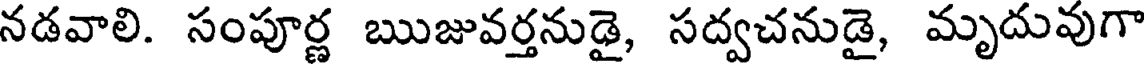
నడవాలి. సంపూర్ణ ఋజువర్తనుడై, సద్వచనుడై, మృదువుగా